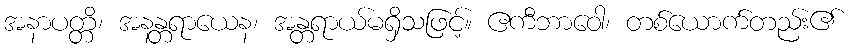
အနာပတ္တိ၊ အနန္တရာယေန၊ အန္တရာယ်မရှိသဖြင့်။ ဧကီဘာဝေါ၊ တစ်ယောက်တည်း၏